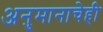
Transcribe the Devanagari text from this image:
अनुमानाचेही